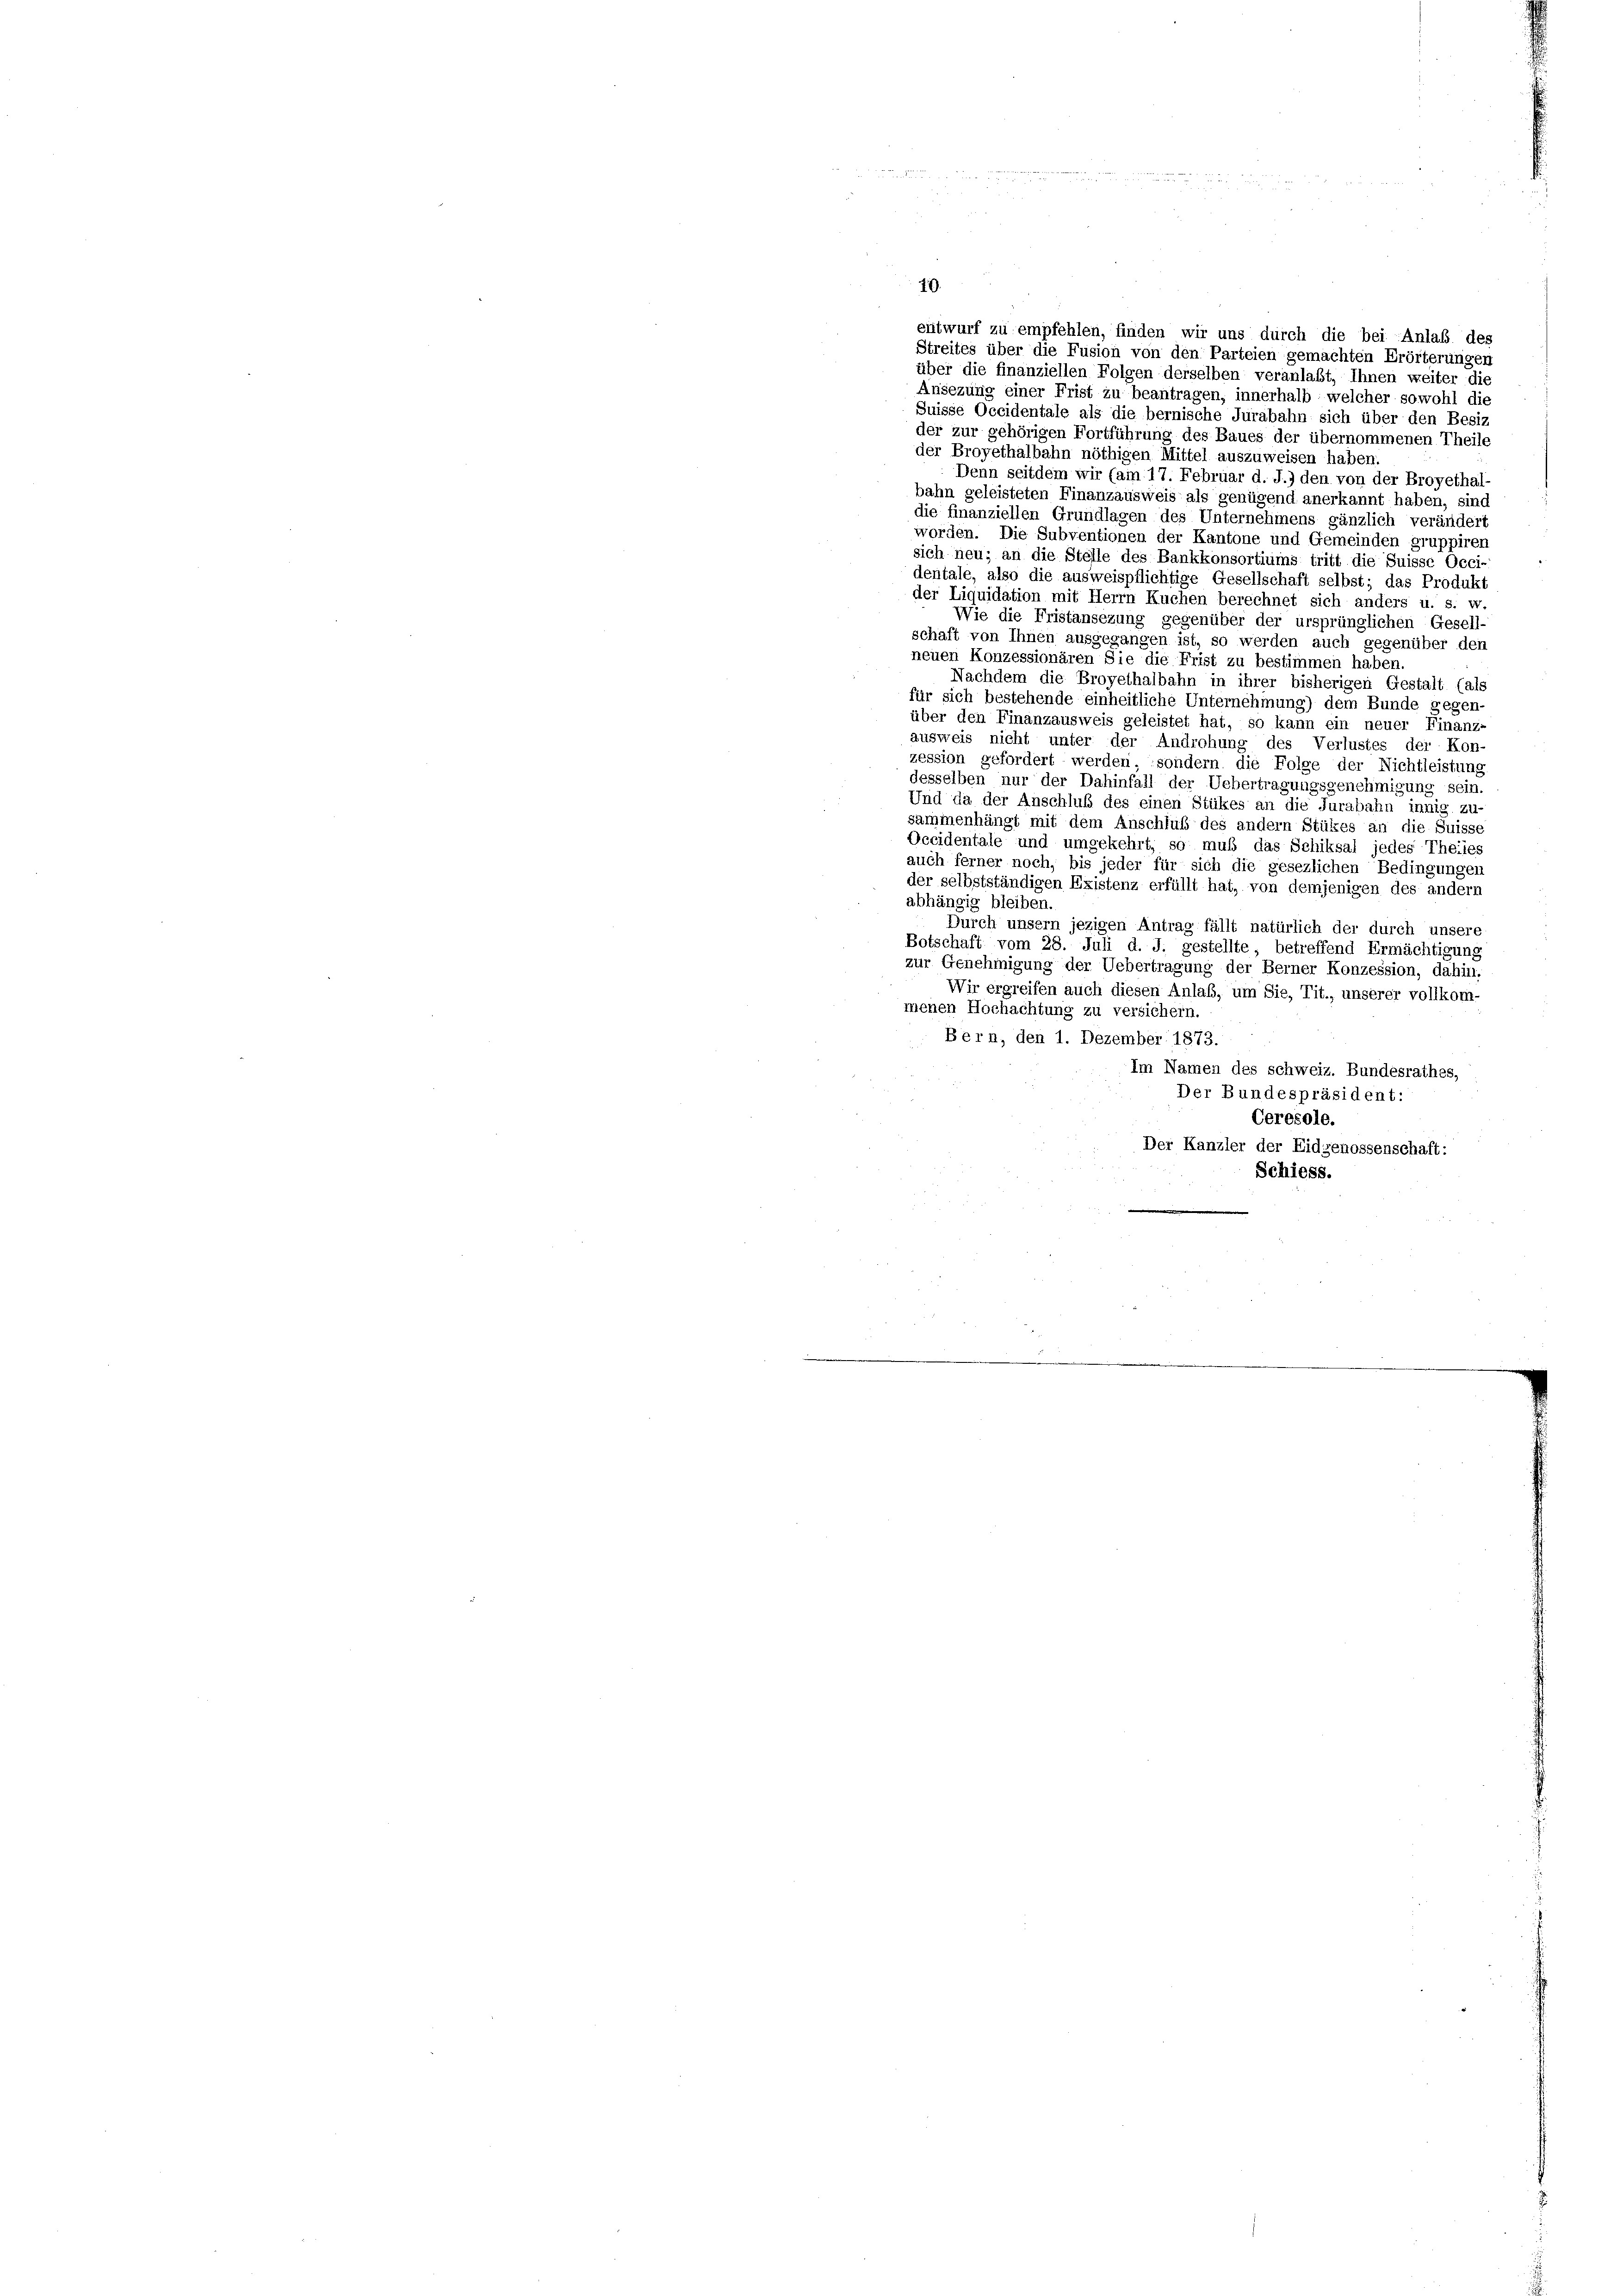
10.
über die finanziellen Folgen derselben veranlaßt, Ihnen weiter die
Ansezung einer Frist zu beantragen, innerhalb welcher sowohl die
Suisse Occidentale als die bernische Jurabahn sich über den Besiz
der zur gehörigen Fortführung des Baues der übernommenen Theile
der Broyethalbahn nöthigen Mittel auszuweisen haben
Denn seitdem wir (am 17. Februar d. J.) den von der Broyethal
bahn geleisteten Finanzausweis als genügend anerkannt haben, sind
die finanziellen Grundlagen des Unternehmens gänzlich verändert
worden. Die Subventionen der Kantone und Gemeinden gruppirer
sich neu; an die Stelle des Bankkonsortiums tritt die Suisse Occi-
dentale, also die ausweispflichtige Gesellschaft selbst; das Produkt
der Liquidation mit Herrn Kuchen berechnet sich anders u. s. w
Wie die Fristansezung gegenüber der ursprünglichen Gesell-
schaft von Ihnen ausgegangen ist, so werden auch gegenüber den
neuen Konzessionären Sie die Frist zu bestimmen haben.
Nachdem die Broyethalbahn in ihrer bisherigen Gestalt (als
für sich bestehende einheitliche Unternehmung) dem Bunde gegen-
über den Finanzausweis geleistet hat, so kann ein neuer Finanz-
ausweis nicht unter der Androhung des Verlustes der Kon-
zession gefordert werden, sondern die Folge der Nichtleistung
desselben nur der Dahinfall der Uebertragungsgenehmigung sein.
Und da der Anschluß des einen Stükes an die Jurabahn innig zu-
sammenhängt mit dem Anschluß des andern Stükes an die Suisse
Occidentale und umgekehrt, so muß das Schiksal jedes Theiles
auch ferner noch, bis jeder für sich die gesezlichen Bedingungen
der selbstständigen Existenz erfüllt hat, von demjenigen des andern
abhängig bleiben.
Durch unsern jezigen Antrag fällt natürlich der durch unsere
Botschaft vom 28. Juli d. J. gestellte, betreffend Ermächtigung
zur Genehmigung der Uebertragung der Berner Konzession, dahin.
Wir ergreifen auch diesen Anlaß, um Sie, Tit., unserer vollkom-
menen Hochachtung zu versichern.
Bern, den 1. Dezember 1873.
Im Namen des schweiz. Bundesrathes,
Der Bundespräsident:
Ceresole.
Der Kanzler der Eidgenossenschaft:
Schiess.

entwurf zu empfehlen, finden wir uns durch die bei Anlaß des
Streites über die Fusion von den Parteien gemachten Erörterungen